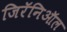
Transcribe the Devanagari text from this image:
जिरॅनिऑल